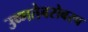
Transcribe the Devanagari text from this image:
उष्णतेबरोबरच